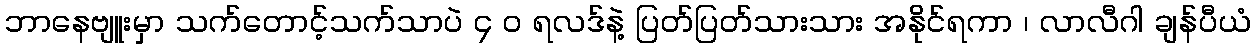
ဘာနေဗျူးမှာ သက်တောင့်သက်သာပဲ ၄ ၀ ရလဒ်နဲ့ ပြတ်ပြတ်သားသား အနိုင်ရကာ ၊ လာလီဂါ ချန်ပီယံ